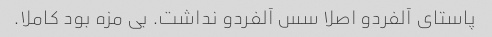
پاستای آلفردو اصلا سس آلفردو نداشت. بی مزه بود کاملا.